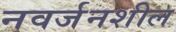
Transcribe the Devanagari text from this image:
नवर्जनशील